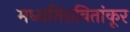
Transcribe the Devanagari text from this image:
मध्यतिरुवितांकूर